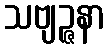
သဗျဉ္ဇနာ